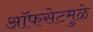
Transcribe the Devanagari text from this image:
ऑफसेटमुळे